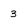
Character: 3